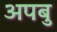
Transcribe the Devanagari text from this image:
अपबु